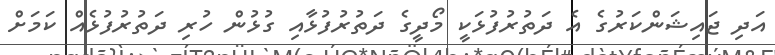
އަދި ޖައިޝަންކަރުގެ އެ ދަތުރުފުޅަކީ މޯދީގެ ދަތުރުފުޅާއި ގުޅުން ހުރި ދަތުރުފުޅެއް ކަމަށް